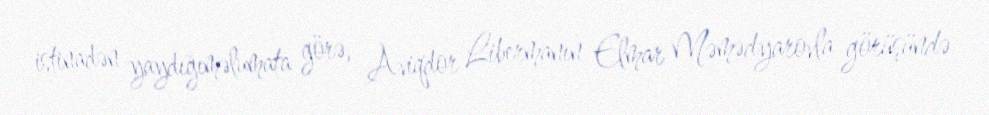
istinadən yaydığıməlumata görə, Aviqdor Libermanın Elmar Məmədyarovla görüşündə